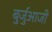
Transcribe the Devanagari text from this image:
बुर्जुआजी